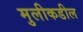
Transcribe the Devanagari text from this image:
मुलीकडील